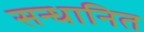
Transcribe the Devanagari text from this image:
सन्धानित